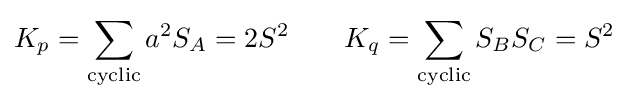
K_{p}=\sum _{\text{cyclic}}a^{2}S_{A}=2S^{2}\quad \quad K_{q}=\sum _{\text{cyclic}}S_{B}S_{C}=S^{2}